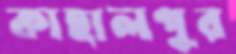
কাহালপুর